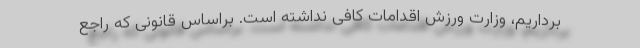
برداریم، وزارت ورزش اقدامات کافی نداشته است. براساس قانونی که راجع